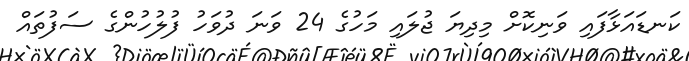
ކަނޑައަޅާފައި ވަނިކޮށް މިދިޔަ ޖުލައި މަހުގެ 24 ވަނަ ދުވަހު ފުލުހުންގެ ސަފުތައް